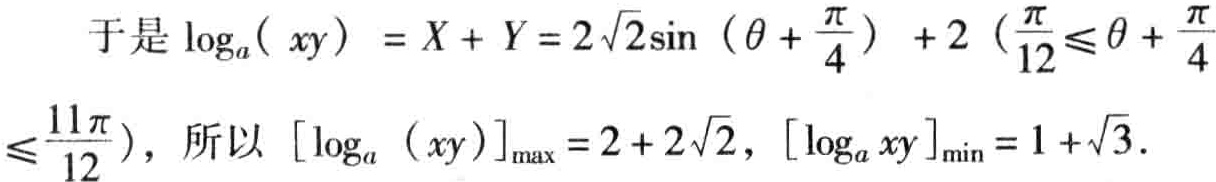
于是\(\log_{a}(xy)=X + Y = 2\sqrt{2}\sin(\theta+\frac{\pi}{4})+2(\frac{\pi}{12}\leqslant\theta+\frac{\pi}{4}\leqslant\frac{11\pi}{12})\)，所以\([\log_{a}(xy)]_{\max}=2 + 2\sqrt{2}\)，\([\log_{a}xy]_{\min}=1+\sqrt{3}\)。